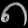
Digit: ၈